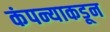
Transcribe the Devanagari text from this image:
कंपन्याकडून